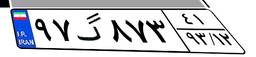
۹۷گ۸۷۳۴۱